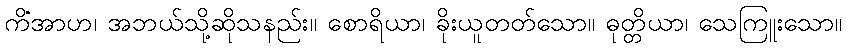
ကိံအာဟ၊ အဘယ်သို့ဆိုသနည်း။ စောရိယာ၊ ခိုးယူတတ်သော။ ဓုတ္တိယာ၊ သေကြူးသော။